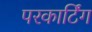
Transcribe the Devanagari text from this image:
परकार्टिंग